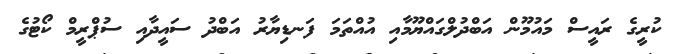
ކުރީގެ ރައީސް މައުމޫން އަބްދުލްގައްޔޫމާއި އުއްތަމަ ފަނޑިޔާރު އަބްދު ސައީދާއި ސުޕްރީމް ކޯޓުގެ